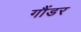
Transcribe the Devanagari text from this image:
गौंडर